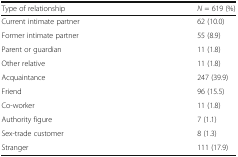
| Type of relationship | N = 619 (%) |
 | --- | --- |
 | Current intimate partner | 62 (10.0) |
 | Former intimate partner | 55 (8.9) |
 | Parent or guardian | 11 (1.8) |
 | Other relative | 11 (1.8) |
 | Acquaintance | 247 (39.9) |
 | Friend | 96 (15.5) |
 | Co-worker | 11 (1.8) |
 | Authority figure | 7 (1.1) |
 | Sex-trade customer | 8 (1.3) |
 | Stranger | 111 (17.9) |